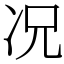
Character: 况